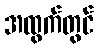
အထွက်တွင်